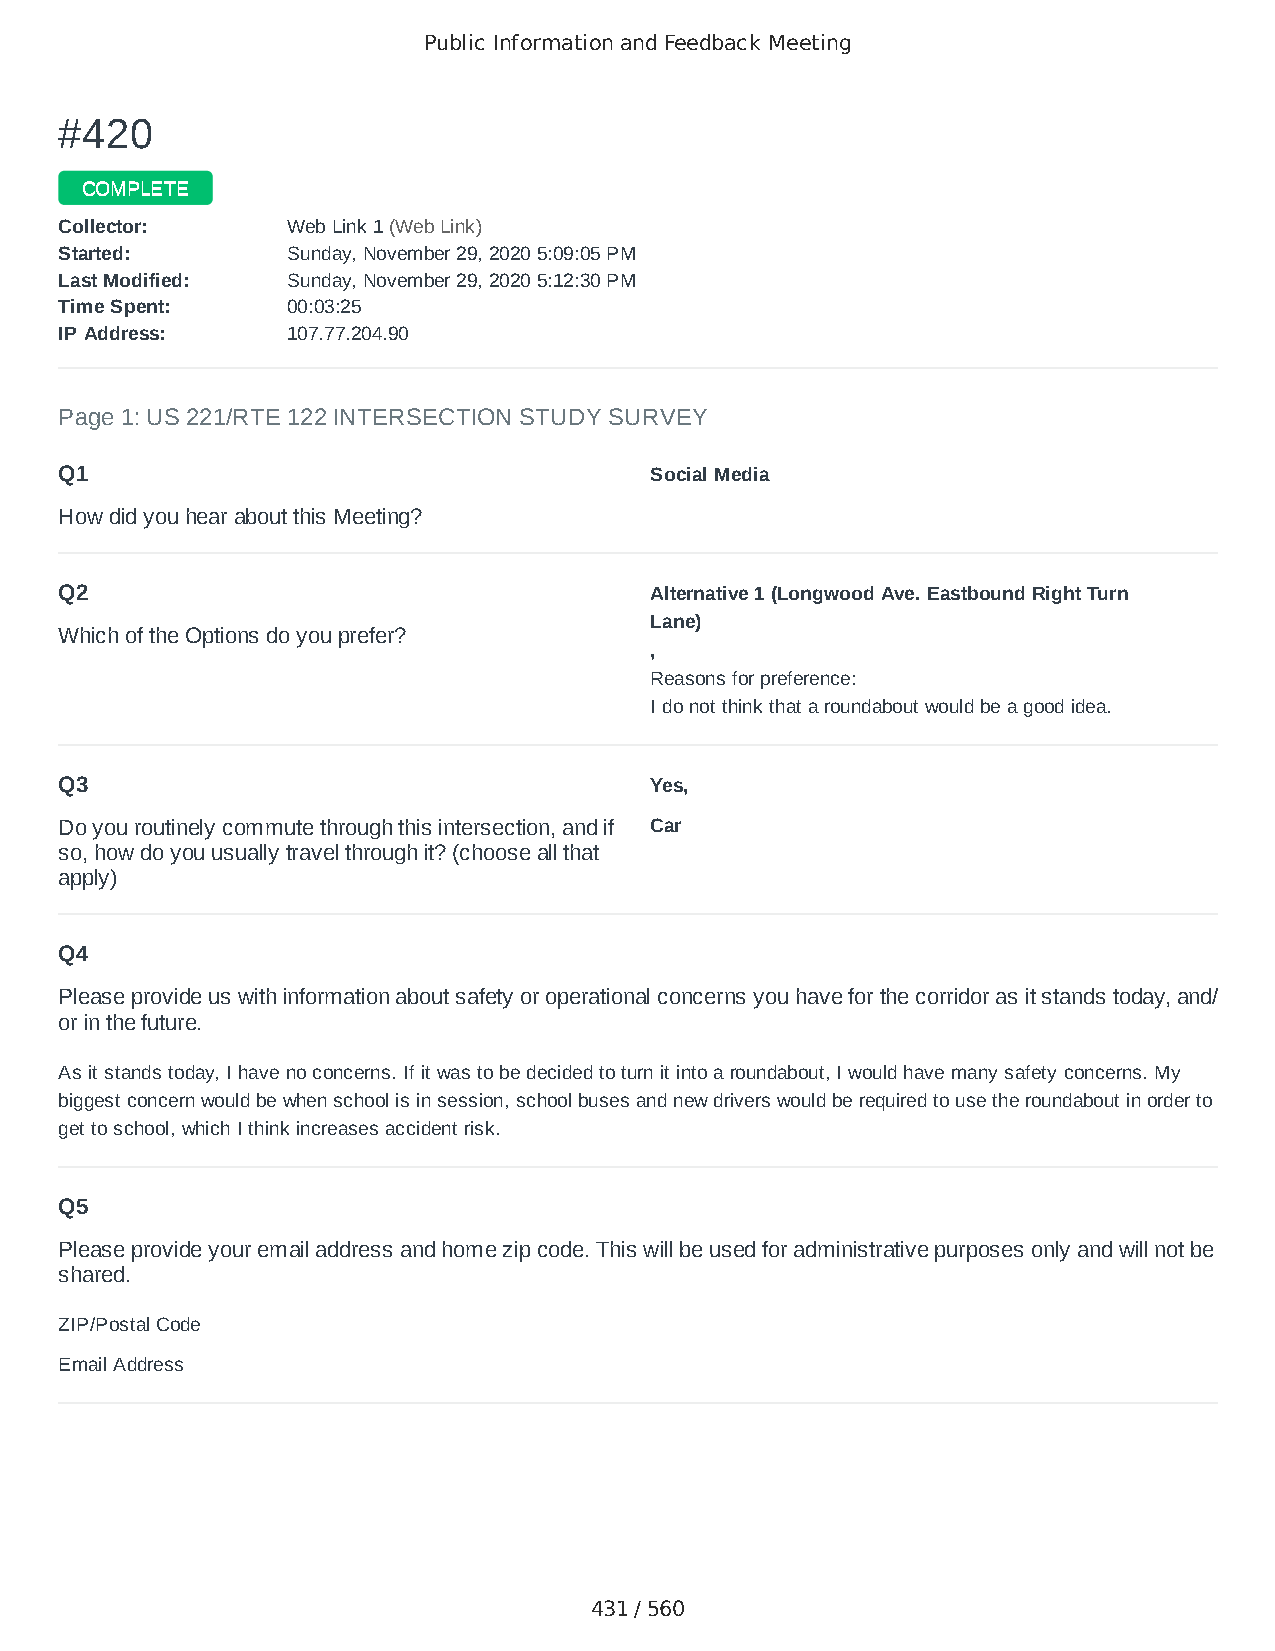
Public Information and Feedback Meeting
 ##442200
 CCOOMMPPLLEETTEE
 CCoolllleeccttoorr:: WWeebb LLiinnkk 11 ((WWeebb LLiinnkk))
 SSttaarrtteedd:: SSuunnddaayy,, NNoovveemmbbeerr 2299,, 22002200 55::0099::0055 PPMM
 LLaasstt MMooddiiffiieedd:: SSuunnddaayy,, NNoovveemmbbeerr 2299,, 22002200 55::1122::3300 PPMM
 TTiimmee SSppeenntt:: 0000::0033::2255
 IIPP AAddddrreessss:: 110077..7777..220044..9900
 Page 1: US 221/RTE 122 INTERSECTION STUDY SURVEY
 Q1                                     Social Media
 How did you hear about this Meeting?
 Q2                                     Alternative 1 (Longwood Ave. Eastbound Right Turn
 Lane)
 Which of the Options do you prefer?
 ,
 Reasons for preference:
 I do not think that a roundabout would be a good idea.
 Q3                                     Yes,
 Do you routinely commute through this intersection, and if Car
 so, how do you usually travel through it? (choose all that
 apply)
 Q4
 Please provide us with information about safety or operational concerns you have for the corridor as it stands today, and/
 or in the future.
 As it stands today, I have no concerns. If it was to be decided to turn it into a roundabout, I would have many safety concerns. My
 biggest concern would be when school is in session, school buses and new drivers would be required to use the roundabout in order to
 get to school, which I think increases accident risk.
 Q5
 Please provide your email address and home zip code. This will be used for administrative purposes only and will not be
 shared.
 ZIP/Postal Code                        24174
 Email Address                          caseynreber@gmail.com
 431 / 560